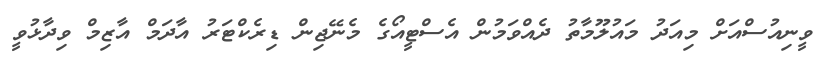
ވީނިއުސްއަށް މިއަދު މައުލޫމާތު ދެއްވަމުން އެސްޓީއޯގެ މެނޭޖިން ޑިރެކްޓަރު އާދަމް އާޒިމް ވިދާޅުވީ